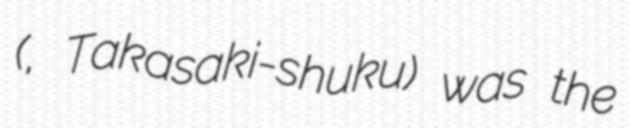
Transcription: (高崎宿, Takasaki-shuku) was the